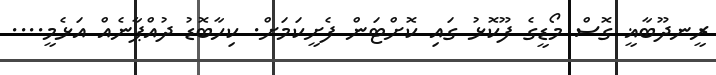
ރީނދޫބާޣީ ގޮސް މޯޑީގެ ފޫކޮޅު ގައި ކޮށްޓަން ފެށީކަމަށް. ކިހާބޮޑު ދުއްޕާނެއް އަޅެމީ....